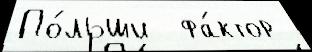
По́льши  фа́ктор